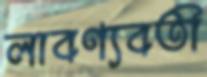
লাবণ্যবতী